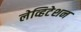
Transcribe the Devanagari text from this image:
लेव्हिटेशन